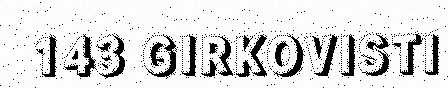
143 GIRKOVISTI